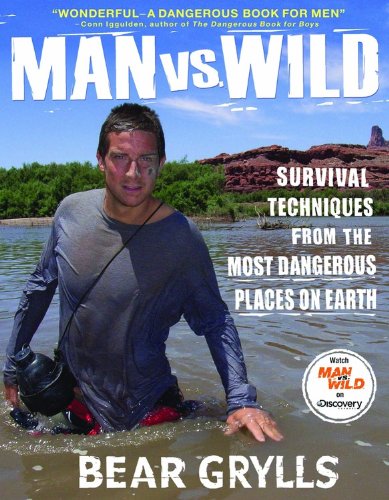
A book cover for Man vs. Wild: Survival Techniques from the Most Dangerous Places on Earth; Bear Grylls; Sports & Outdoors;